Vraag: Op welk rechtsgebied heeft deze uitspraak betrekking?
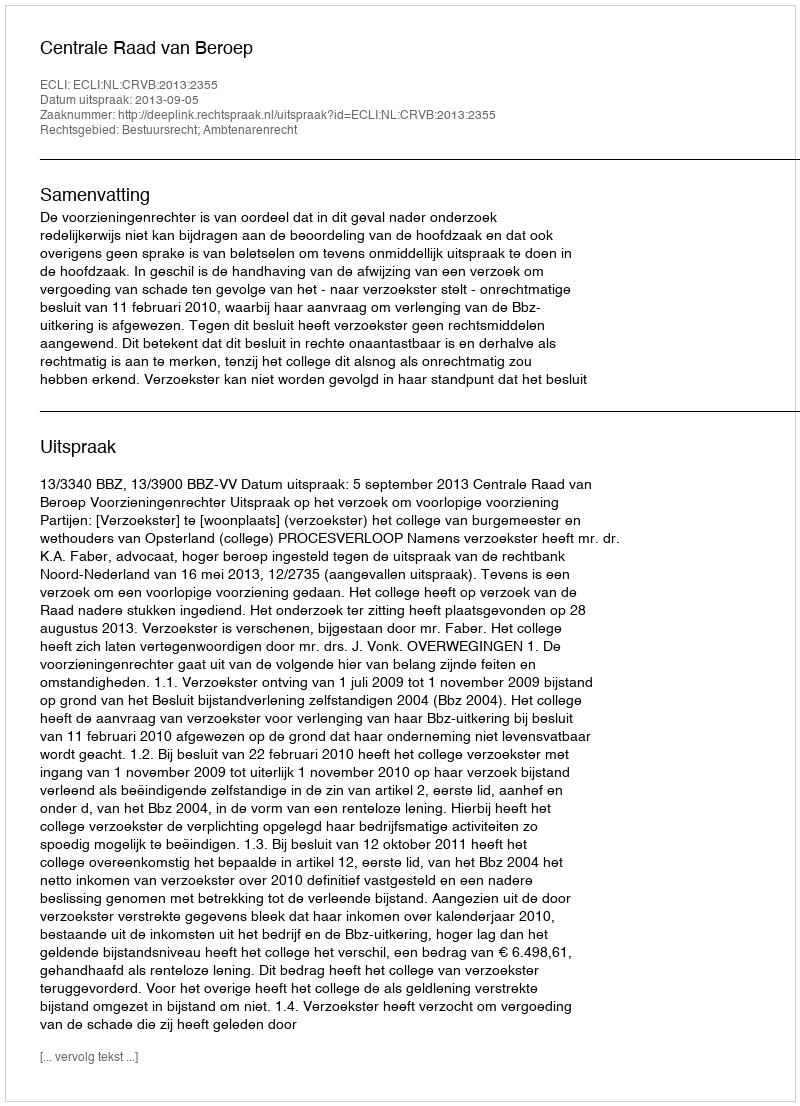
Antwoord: Bestuursrecht; Ambtenarenrecht